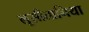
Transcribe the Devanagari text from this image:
लूसीतानिया